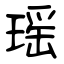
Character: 瑶